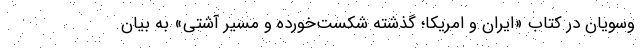
وسویان در کتاب «ایران و امریکا؛ گذشته شکست‌خورده و مسیر آشتی» به بیان